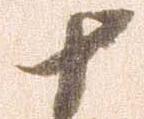
十